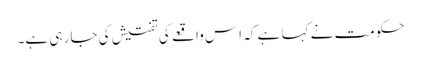
حکومت نے کہا ہے کہ اِس واقعے کی تفتیش کی جا رہی ہے۔